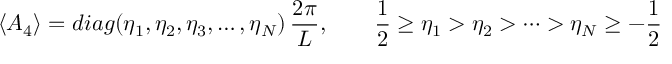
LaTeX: \langle { \cal A } _ { 4 } \rangle = d i a g ( \eta _ { 1 } , \eta _ { 2 } , \eta _ { 3 } , \dots , \eta _ { N } ) \, \frac { 2 \pi } { L } , \qquad \frac { 1 } { 2 } \ge \eta _ { 1 } > \eta _ { 2 } > \cdots > \eta _ { N } \ge - \frac { 1 } { 2 }